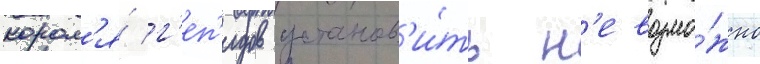
корол'я́ г'еп'идов установ'и́ть н'евозмо́жно